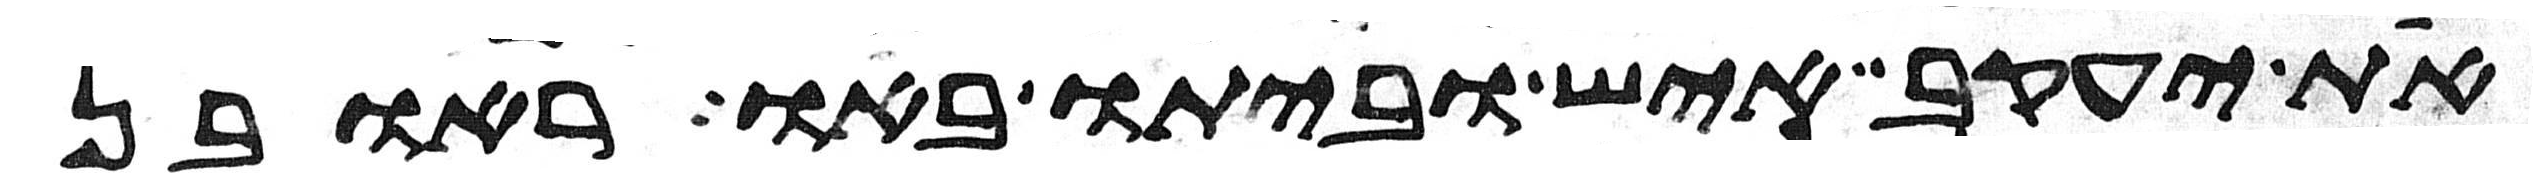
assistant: את יעקב איש וביתו באו ראובן